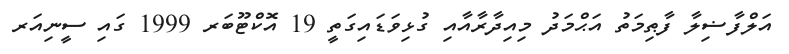
އަލްފާޟިލާ ފާޠިމަތު އަޙްމަދު މިއިދާރާއާއި ގުޅިވަޑައިގަތީ 19 އޮކްޓޫބަރ 1999 ގައި ސީނިއަރ